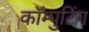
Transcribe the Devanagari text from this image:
कॉम्पुटिंग